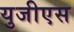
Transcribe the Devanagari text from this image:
युजीएस